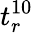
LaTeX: t_{r}^{10}